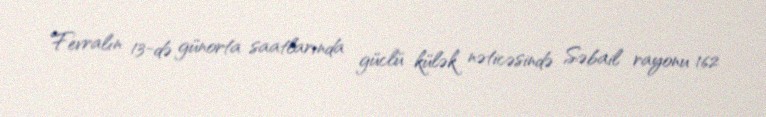
Fevralın 13-də günorta saatlarında güclü külək nəticəsində Səbail rayonu 162